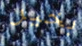
بخير